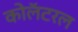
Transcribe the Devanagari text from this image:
कोलॅटरल